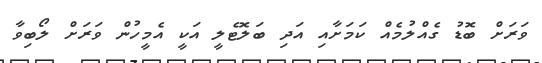
ވަރަށް ބޮޑު ގެއްލުމެއް ކަމަށާއި އަދި ބަލޮޓެލީ އަކީ އެމީހުން ވަރަށް ލޯބިވާ